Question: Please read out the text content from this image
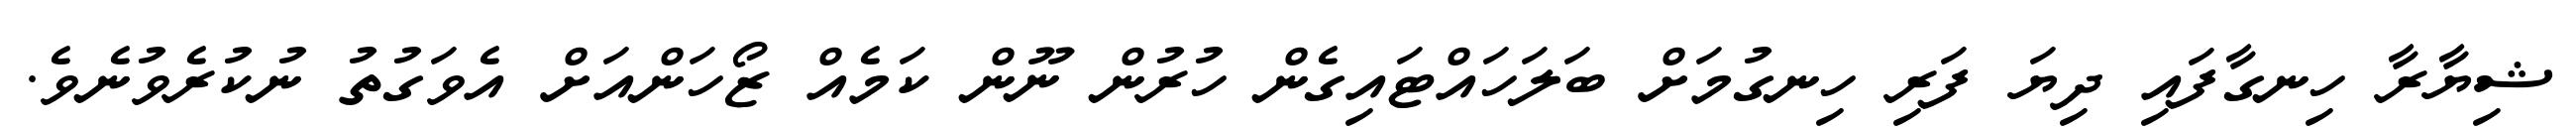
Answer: ޝިޔާރާ ހިނގާފައި ދިޔަ ފަރި ހިނގުމަށް ބަލަހައްޓައިގެން ހުރުން ނޫން ކަމެއް ޒޯހަންއަށް އެވަގުތު ނުކުރެވުނެވެ.